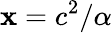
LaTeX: \mathbf{x}=c^{2}/\alpha